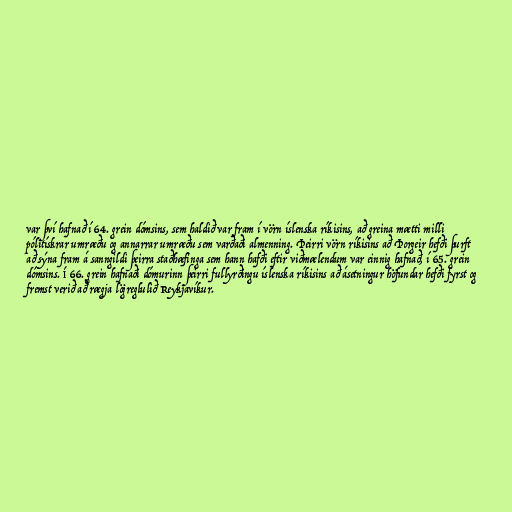
var því hafnað í 64. grein dómsins, sem haldið var fram í vörn íslenska ríkisins, að greina mætti milli
pólitískrar umræðu og annarrar umræðu sem varðaði almenning. Þeirri vörn ríkisins að Þorgeir hefði þurft
að sýna fram á sanngildi þeirra staðhæfinga sem hann hafði eftir viðmælendum var einnig hafnað, í 65. grein
dómsins. Í 66. grein hafnaði dómurinn þeirri fullyrðingu íslenska ríkisins að ásetningur höfundar hefði fyrst og
fremst verið að rægja lögreglulið Reykjavíkur.